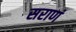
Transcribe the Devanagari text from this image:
सराणं